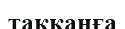
таққанға